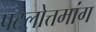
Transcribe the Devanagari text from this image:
पटलोत्तमांग